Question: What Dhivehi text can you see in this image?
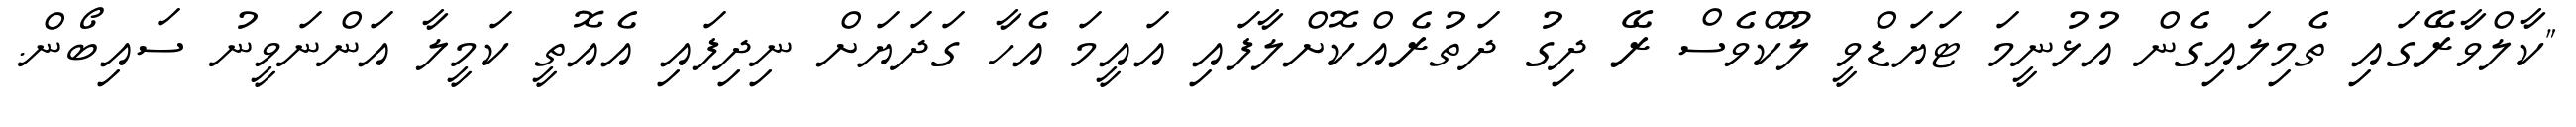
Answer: "ކާލްވާރޭގައި ތެމިލައިގެން އުޅުނީމަ ޓަޔަޑްވީ ލޫކްވެސް ރޭ ދިގު ދަތުރެއްކޮށްލާފައި އައީމަ އެހާ ގަދަޔަށް ނިދިފައި އެއޮތީ ކަމީލާ އަންނަވީނު ސައިބޯން.